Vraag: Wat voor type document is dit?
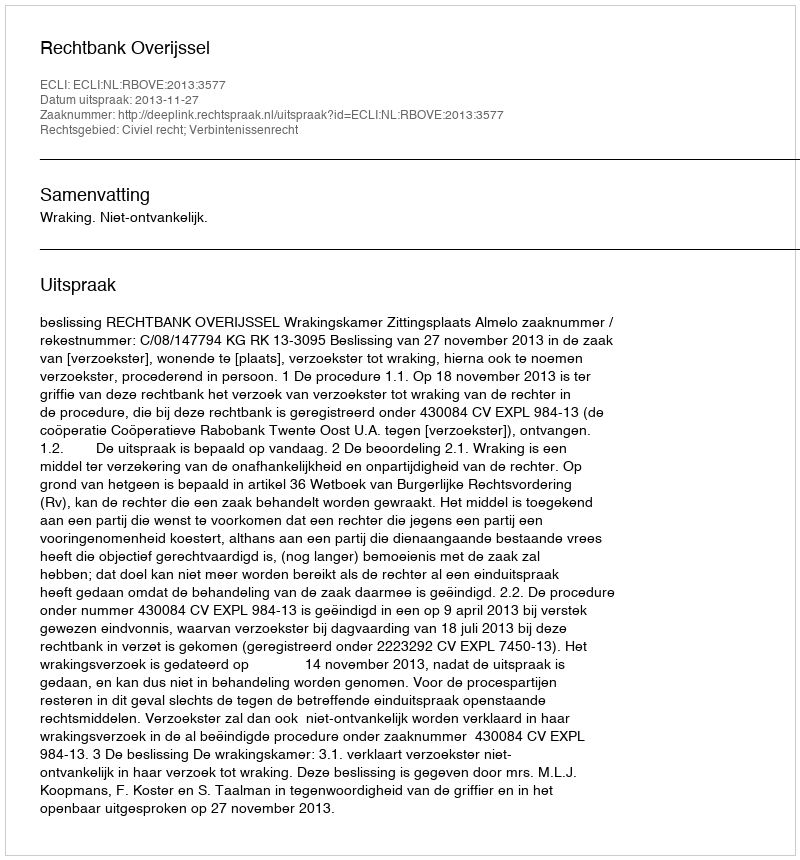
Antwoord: Uitspraak